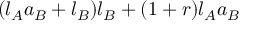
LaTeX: ( l _ { A } a _ { B } + l _ { B } ) l _ { B } + ( 1 + r ) l _ { A } a _ { B }